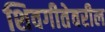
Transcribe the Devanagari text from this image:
शिवगीतेवरील